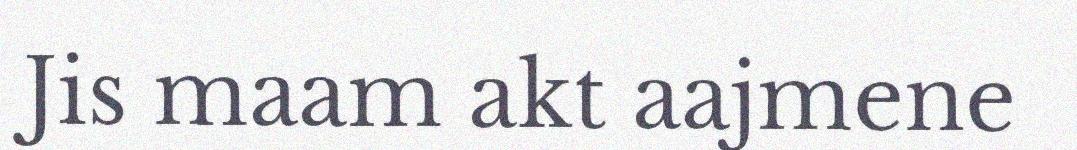
Jis maam akt aajmene